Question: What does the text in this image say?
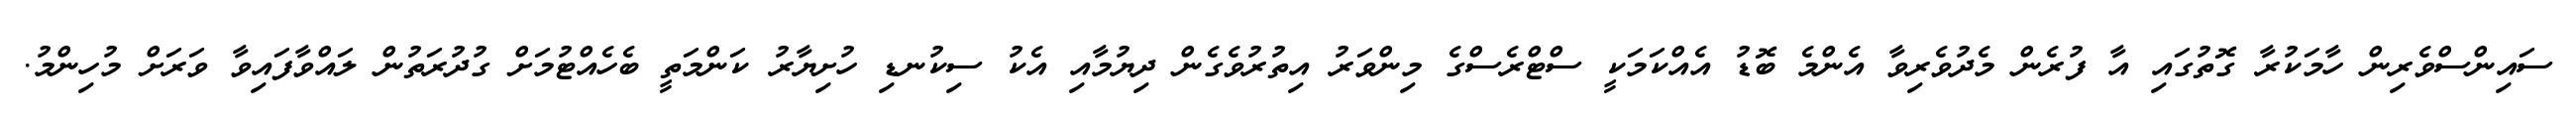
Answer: ސައިންސްވެރިން ހާމަކުރާ ގޮތުގައި އާ ފުރެން މެދުވެރިވާ އެންމެ ބޮޑު އެއްކަމަކީ ސްޓްރެސްގެ މިންވަރު އިތުރުވެގެން ދިޔުމާއި އެކު ސިކުނޑި ހުށިޔާރު ކަންމަތީ ބެހެއްޓުމަށް ގުދުރަތުން ލައްވާފައިވާ ވަރަށް މުހިންމު.